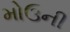
મોઉની